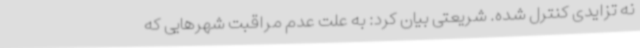
نه تزایدی کنترل شده. شریعتی بیان کرد: به علت عدم مراقبت شهرهایی که